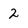
Character: 2